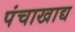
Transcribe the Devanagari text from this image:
पंचाखाद्य